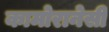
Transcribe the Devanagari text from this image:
कामोरानेसी